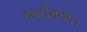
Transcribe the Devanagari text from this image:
कवटीमधील